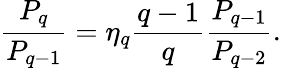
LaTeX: \frac{P_{q}}{P_{q-1}}=\eta_{q}\frac{q-1}{q}\frac{P_{q-1}}{P_{q-2}}.